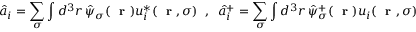
\hat { a } _ { i } = \sum _ { \sigma } \int d ^ { 3 } r \, \hat { \psi } _ { \sigma } ( \mathrm { ~ \bf ~ r ~ } ) u _ { i } ^ { * } ( \mathrm { ~ \bf ~ r ~ } , \sigma ) \; \; , \; \; \hat { a } _ { i } ^ { + } = \sum _ { \sigma } \int d ^ { 3 } r \, \hat { \psi } _ { \sigma } ^ { + } ( \mathrm { ~ \bf ~ r ~ } ) u _ { i } ( \mathrm { ~ \bf ~ r ~ } , \sigma )